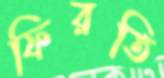
ফিরতি